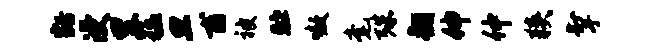
豁浸里猛旦甫被贮嗷毫殊翻伸仲狭掣